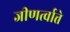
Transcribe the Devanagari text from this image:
जीणर्त्वात्ते